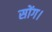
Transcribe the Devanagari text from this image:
सोंग।